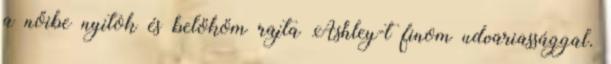
a nőibe nyitok és belököm rajta Ashley-t finom udvariassággal.